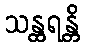
သန္ထရန္တိ